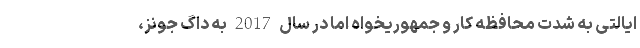
ایالتی به شدت محافظه کار و جمهوریخواه اما در سال 2017 به داگ جونز،